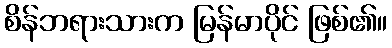
စိန်ဘရားသားက မြန်မာပိုင် ဖြစ်၏။